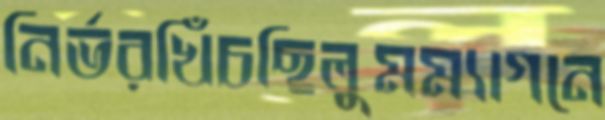
নির্ভরখিঁচছিলুমম্যাগনে